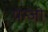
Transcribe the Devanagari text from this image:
पन्जी